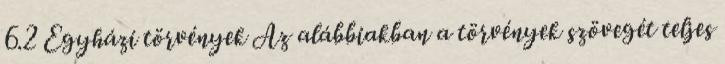
6.2 Egyházi törvények Az alábbiakban a törvények szövegét teljes